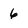
Character: 6